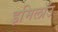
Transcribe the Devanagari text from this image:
इमिलॉउ